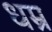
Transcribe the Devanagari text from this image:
धम्र